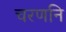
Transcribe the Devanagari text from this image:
चरणनि